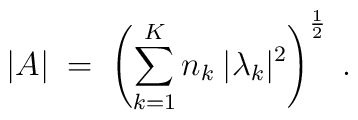
|A| \;=\; \left( \sum_{k=1}^K n_k \:|\lambda_k|^2 \right)^{\frac{1}{2}}\;.